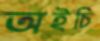
অইচি